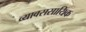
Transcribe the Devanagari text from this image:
व्यावससायिक